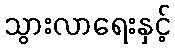
သွားလာရေးနှင့်